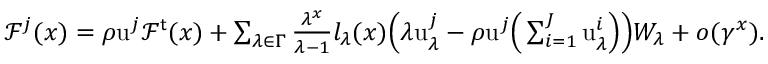
\begin{array} { r } { \mathcal { F } ^ { j } ( x ) = \rho \mathrm { u } ^ { j } \mathcal { F } ^ { \mathsf { t } } ( x ) + \sum _ { \lambda \in \Gamma } \frac { \lambda ^ { x } } { \lambda - 1 } l _ { \lambda } ( x ) \Big ( \lambda \mathrm { u } _ { \lambda } ^ { j } - \rho \mathrm u ^ { j } \Big ( \sum _ { i = 1 } ^ { J } \mathrm { u } _ { \lambda } ^ { i } \Big ) \Big ) W _ { \lambda } + o ( \gamma ^ { x } ) . } \end{array}